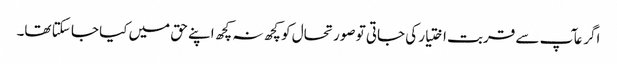
اگر عآپ سے قربت اختیار کی جاتی تو صورتحال کو کچھ نہ کچھ اپنے حق میں کیا جا سکتا تھا۔